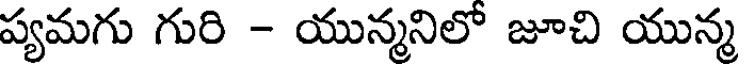
ప్యమగు గురి - యున్మనిలో జూచి యున్మ